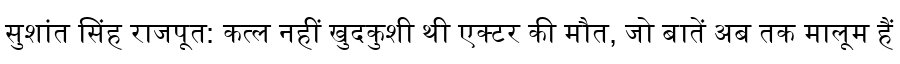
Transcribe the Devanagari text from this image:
सुशांत सिंह राजपूत: कत्ल नहीं खुदकुशी थी एक्टर की मौत, जो बातें अब तक मालूम हैं